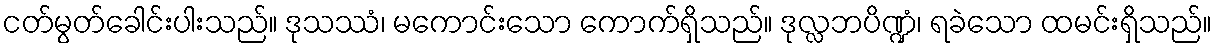
ငတ်မွတ်ခေါင်းပါးသည်။ ဒုသဿံ၊ မကောင်းသော ကောက်ရှိသည်။ ဒုလ္လဘပိဏ္ဍံ၊ ရခဲသော ထမင်းရှိသည်။